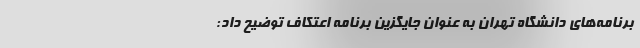
برنامه‌های دانشگاه تهران به عنوان جایگزین برنامه اعتکاف توضیح داد: